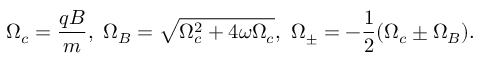
\Omega _ { c } = \frac { q B } { m } , \ \Omega _ { B } = \sqrt { \Omega _ { c } ^ { 2 } + 4 \omega \Omega _ { c } } , \ \Omega _ { \pm } = - \frac { 1 } { 2 } ( \Omega _ { c } \pm \Omega _ { B } ) .